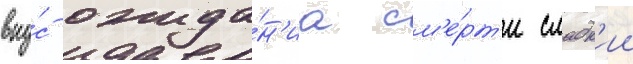
вку́с ожида́н'иа см'е́рт'и сладк'ии